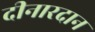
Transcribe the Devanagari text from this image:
दीनारदान